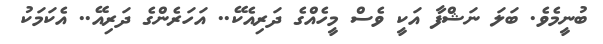
ބުނީމެވެ. ބަލަ ނަޝްފާ އަކީ ވެސް މީހެއްގެ ދަރިއެކޭ.. އަހަރެންގެ ދަރިއޭ.. އެކަމަކު